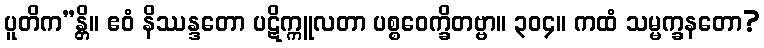
ပူတိက”န္တိ။ ဧဝံ နိဿန္ဒတော ပဋိက္ကူလတာ ပစ္စဝေက္ခိတဗ္ဗာ။ ၃၀၄။ ကထံ သမ္မက္ခနတော?